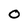
Character: O